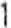
1